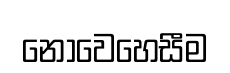
නොවෙහෙසීම